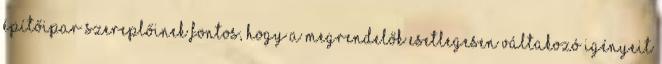
építőipar szereplőinek fontos, hogy a megrendelők esetlegesen váltakozó igényeit